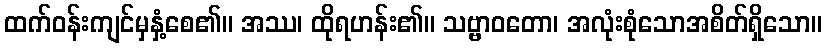
ထက်ဝန်းကျင်မှနှံ့စေ၏။ အဿ၊ ထိုရဟန်း၏။ သဗ္ဗာဝတော၊ အလုံးစုံသောအစိတ်ရှိသော။